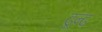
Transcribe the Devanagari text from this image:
ढून्ढ